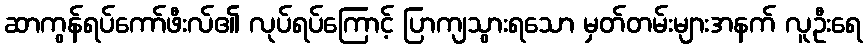
ဆာကွန်ရပ်ကော်ဖီးလ်၏ လုပ်ရပ်ကြောင့် ပြာကျသွားရသော မှတ်တမ်းများအနက် လူဦးရေ